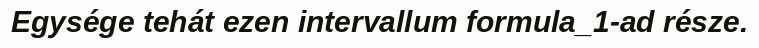
Egysége tehát ezen intervallum formula_1-ad része.